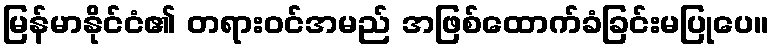
မြန်မာနိုင်ငံ၏ တရားဝင်အမည် အဖြစ်ထောက်ခံခြင်းမပြုပေ။